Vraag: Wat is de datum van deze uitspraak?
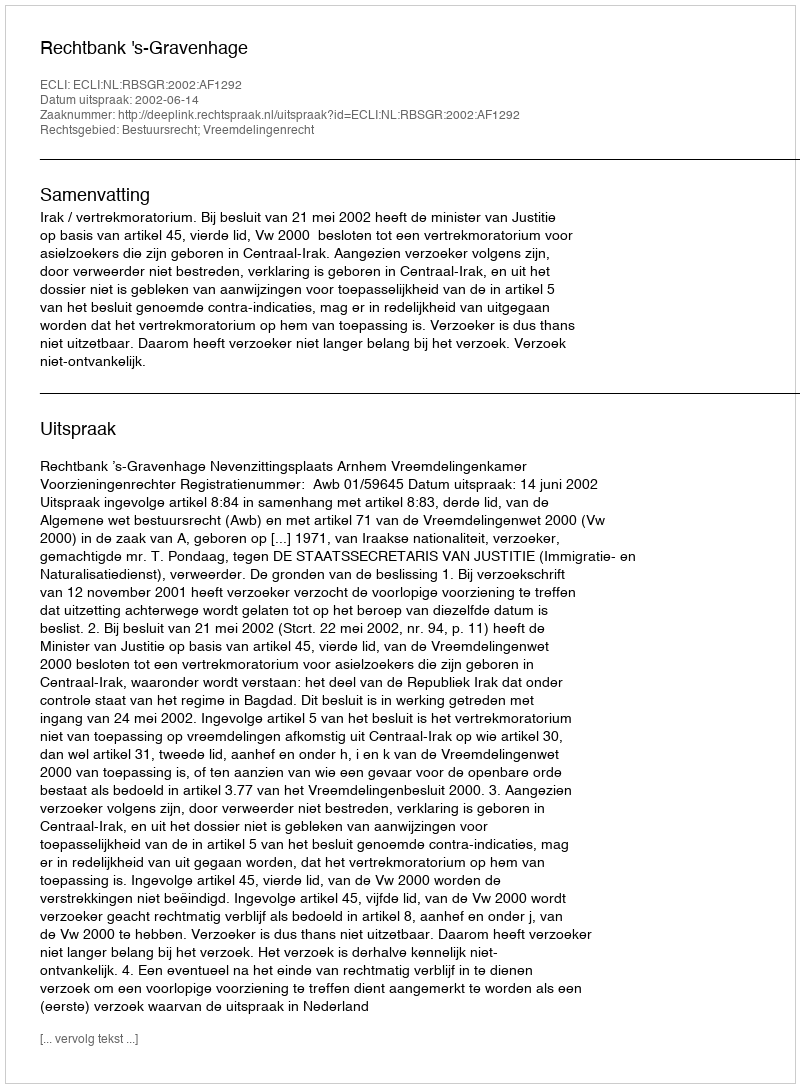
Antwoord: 2002-06-14